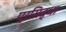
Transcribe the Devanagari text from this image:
प्रसिद्धा